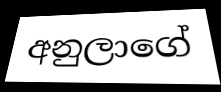
අනුලාගේ